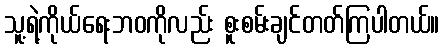
သူ့ရဲ့ကိုယ်ရေးဘဝကိုလည်း စူးစမ်းချင်တတ်ကြပါတယ်။